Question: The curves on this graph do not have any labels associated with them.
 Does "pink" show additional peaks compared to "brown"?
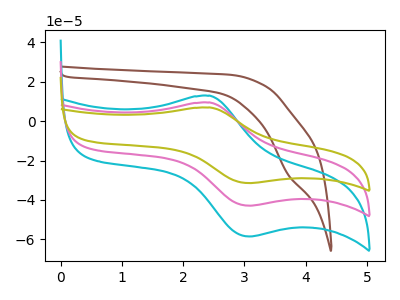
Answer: <think>The brown curve "brown" has a cathodic peak at: (3.70V, -27.15uA). The cyan curve "cyan" has an anodic peak at (2.45V, 12.90uA) and a cathodic peak at (3.10V, -58.55uA). The pink curve "pink" has an anodic peak at (2.45V, 9.45uA) and a cathodic peak at (3.10V, -42.90uA). The olive curve "olive" has an anodic peak at (2.45V, 18.90uA) and a cathodic peak at (3.10V, -85.85uA).
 "pink" and "brown" have a different number of peaks.</think>
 <answer>Yes, "pink" and "brown" are different in shape.</answer>
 <eval>yes_change</eval>